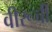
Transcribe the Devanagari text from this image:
वीरूची